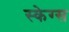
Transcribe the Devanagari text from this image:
स्केग्स